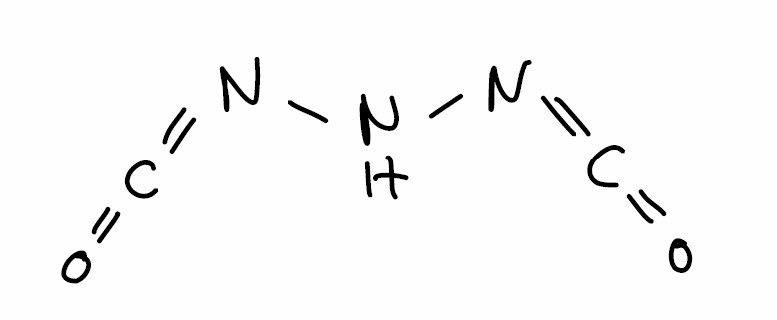
Simplified molecular-input line-entry system (SMILES) notation of the given molecule:
C(=NNN=C=O)=O